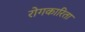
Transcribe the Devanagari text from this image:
रोगकारिता